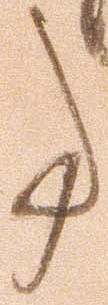
事